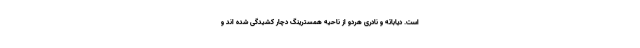
است. دیاباته و نادری هردو از ناحیه همسترینگ دچار کشیدگی شده اند و